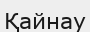
Қайнау